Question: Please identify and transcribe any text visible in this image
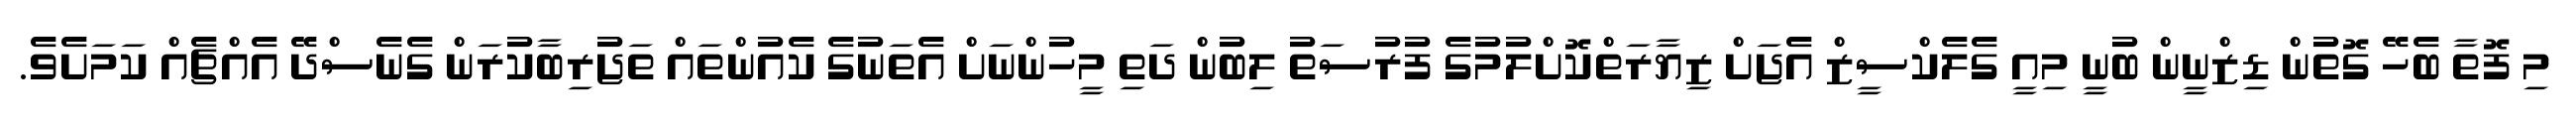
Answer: މި ފޮތާ ބެހޭ ގޮތުން ޑިޒްނީން ބުނީ މިއީ ގެލެކްސީޒް އެޖަށް ޒިޔާރަތްކޮށްލުމުގެ ފުރުސަތު ލިބުން ދަތި މީހުންނަށް އެތަނުގެ ކެއުންތައް ތަޖުރިބާކުރަން ގެނެސްދޭ އެއްޗެއް ކަމަށެވެ.